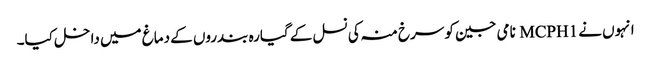
انہوں نے MCPH1 نامی جین کو سرخ منہ کی نسل کے گیارہ بندروں کے دماغ میں داخل کیا۔